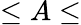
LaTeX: \leq A\leq